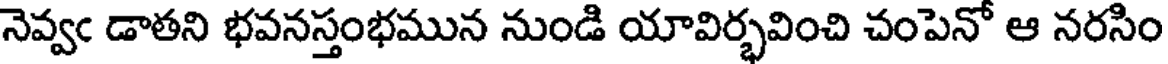
నెవ్వఁ డాతని భవనస్తంభమున నుండి యావిర్భవించి చంపెనో ఆ నరసిం